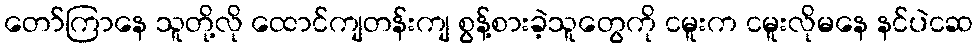
တော်ကြာနေ သူတို့လို ထောင်ကျတန်းကျ စွန့်စားခဲ့သူတွေကို ငမူးက ငမူးလိုမနေ နင်ပဲငဆ